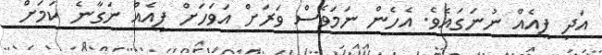
އަދި ފީއެއް ނުނަގައެވެ. އެހެން ނަމަވެސް ވަރަށް އަވަހަށް ފީއެއް ނަގާނެ ކަމަށް